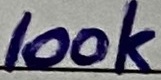
Text: 100K